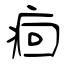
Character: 痐